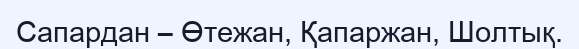
Сапардан – Өтежан, Қапаржан, Шолтық.